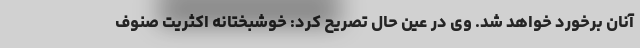
آنان برخورد خواهد شد. وی در عین حال تصریح کرد: خوشبختانه اکثریت صنوف